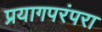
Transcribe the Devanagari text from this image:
प्रयागपरंपरा